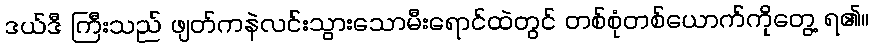
ဒယ်ဒီ ကြီးသည် ဖျတ်ကနဲလင်းသွားသောမီးရောင်ထဲတွင် တစ်စုံတစ်ယောက်ကိုတွေ့ ရ၏။